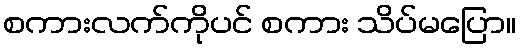
စကားလက်ကိုပင် စကား သိပ်မပြော။